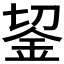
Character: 𨥓